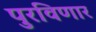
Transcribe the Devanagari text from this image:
पुरविणार